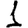
Digit: 1